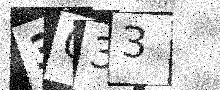
Text: 3033